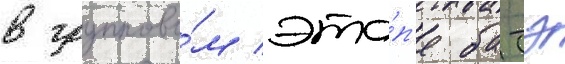
в группово́м эта́п'е батэ